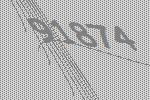
91874